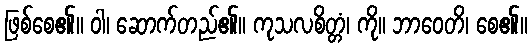
ဖြစ်စေ၏။ ဝါ၊ ဆောက်တည်၏။ ကုသလစိတ္တံ၊ ကို။ ဘာဝေတိ၊ စေ၏။